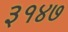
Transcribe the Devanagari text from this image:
३१४७